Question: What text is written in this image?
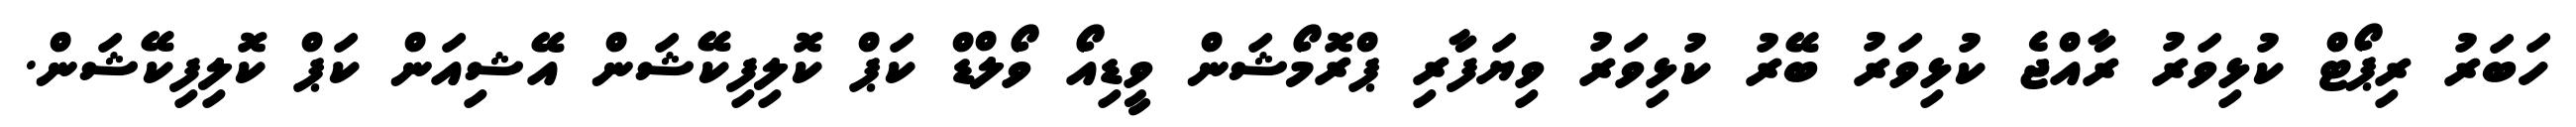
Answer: ހަބަރު ރިޕޯޓް ކުޅިވަރު ރާއްޖެ ކުޅިވަރު ބޭރު ކުޅިވަރު ވިޔަފާރި ޕްރޮމޯޝަން ވީޑިއޯ ވޯލްޑް ކަޕް ކޮލިފިކޭޝަން އޭޝިއަން ކަޕް ކޮލިފިކޭޝަން.